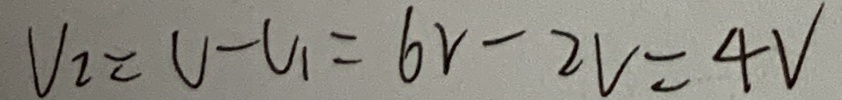
V _ { 2 } = V - V _ { 1 } = 6 V - 2 V = 4 V